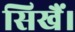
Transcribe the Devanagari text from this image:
सिखैं।